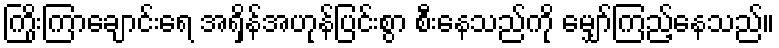
ကြိုးကြာချောင်းရေ အရှိန်အဟုန်ပြင်းစွာ စီးနေသည်ကို မျှော်ကြည့်နေသည်။